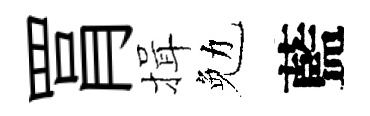
罥揖勉藍